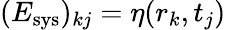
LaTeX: (E_{\mathrm{sys}})_{kj}=\eta(r_{k},t_{j})